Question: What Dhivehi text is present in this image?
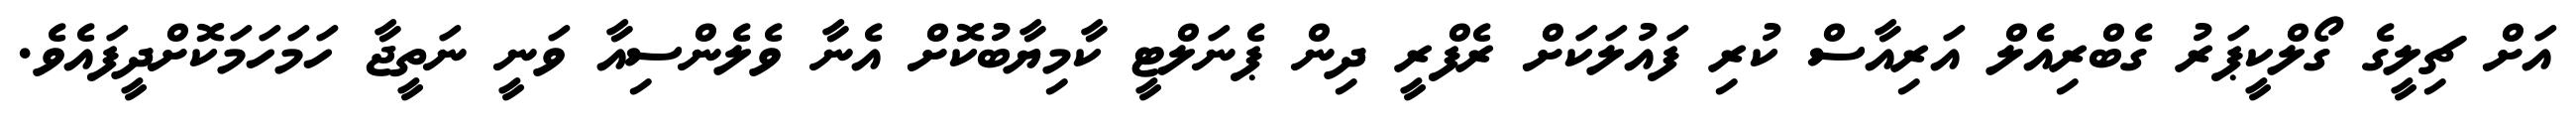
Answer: އަށް ޗިލީގެ ގޯލްކީޕަރު ގެބްރިއެލް އަރިއާސް ކުރި ފައުލަކަށް ރެފްރީ ދިން ޕެނަލްޓީ ކާމިޔާބުކޮށް އެނާ ވެލެންސިއާ ވަނީ ނަތީޖާ ހަމަހަމަކޮށްދީފައެވެ.